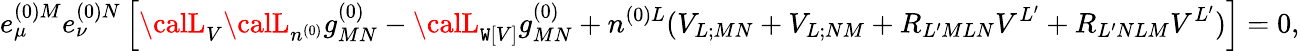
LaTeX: e_{\mu}^{(0)M}e_{\nu}^{(0)N}\left[{\calL}_{V}{\calL}_{n^{(0)}}g_{MN}^{(0)}-{\calL}_{\mathtt{W}[V]}g_{MN}^{(0)}+n^{(0)L}(V_{L;MN}+V_{L;NM}+R_{L^{\prime}MLN}V^{L^{\prime}}+R_{L^{\prime}NLM}V^{L^{\prime}})\right]=0,